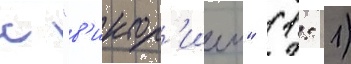
с "в'иктор'иеи" (1: 1)